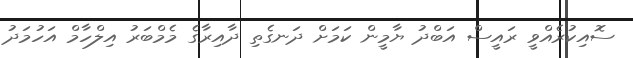
ސޮއިކުރެއްވީ ރައީސް އަބްދު ޔާމީން ކަމަށް ދަނގެތި ދާއިރާގެ މެމްބަރު އިލްހާމް އަހުމަދު